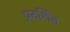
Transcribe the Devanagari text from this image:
प्रदर्शित